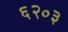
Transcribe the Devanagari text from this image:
६२०३